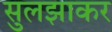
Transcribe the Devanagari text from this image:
सुलझाकर